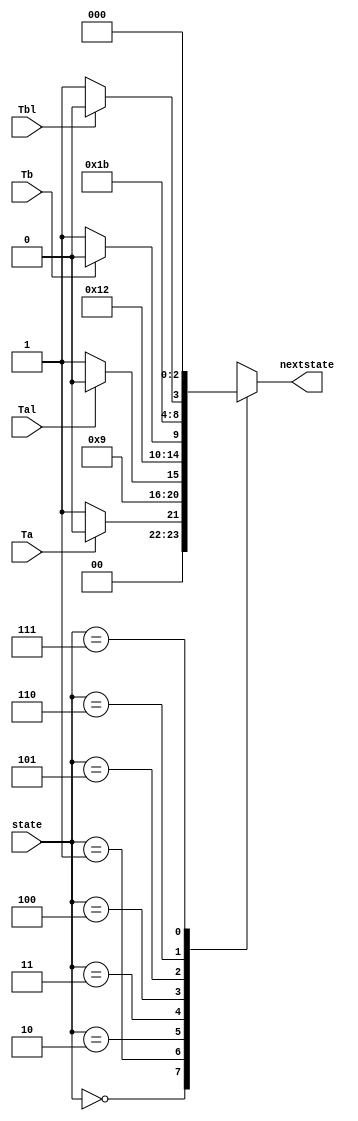
module ns_logic(Ta, Tb, Tal, Tbl, state, nextstate);
	input [2:0] state;				// 3bits input
	input Ta, Tb, Tal, Tbl;			// 4 inputs
	output reg[2:0] nextstate;		// 3bits output

	parameter s0 = 3'b000;		// define s0=b'000
	parameter s1 = 3'b001;		// define s1=b'001
	parameter s2 = 3'b010;		// define s2=b'010
	parameter s3 = 3'b011;		// define s3=b'011
	parameter s4 = 3'b100;		// define s4=b'100
	parameter s5 = 3'b101;		// define s5=b'101
	parameter s6 = 3'b110;		// define s6=b'110
	parameter s7 = 3'b111;		// define s7=b'111

	always@ (state or Ta or Tb or Tal or Tbl)
	begin
		case(state)
			s0 : if(Ta == 1'b0) nextstate <= s1;	// when state=s0
					else nextstate <= s0;
			
			s1 : nextstate <= s2;						// when state=s1
			
			s2 : if(Tal == 1'b0) nextstate<= s3;	// when state=s2
					else nextstate <= s2;
			
			s3 : nextstate<= s4;							// when state=s3
		
			s4 : if(Tb == 1'b0) nextstate<= s5;		// when state=s4
					else nextstate <= s4;
			
			s5 : nextstate<= s6;							// when state=s5
			
			s6 : if(Tbl == 1'b0) nextstate<= s7;	// when state=s6
					else nextstate <= s6;
			
			s7 : nextstate<= s0;							// when state=s7
			default;
		endcase
	end
			
endmodule